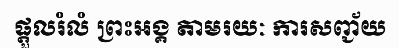
ផ្តួលរំលំ ព្រះអង្គ តាមរយៈ ការសញ្ជ័យ